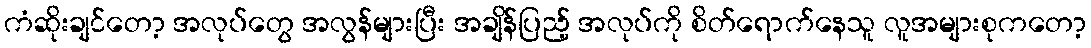
ကံဆိုးချင်တော့ အလုပ်တွေ အလွန်များပြီး အချိန်ပြည့် အလုပ်ကို စိတ်ရောက်နေသူ လူအများစုကတော့